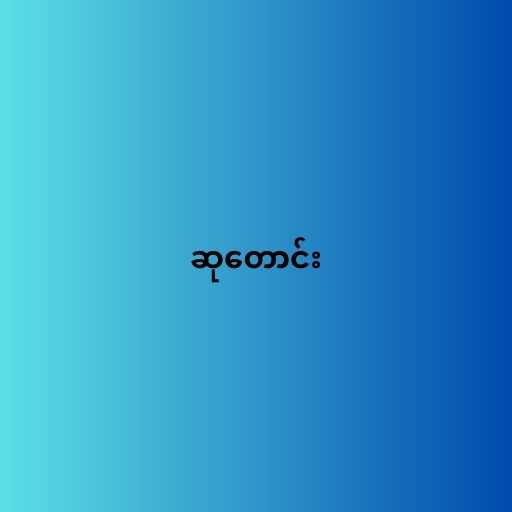
ဆုတောင်း